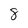
Character: 8